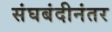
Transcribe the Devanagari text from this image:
संघबंदीनंतर